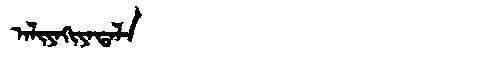
Manchu: ᠠᠯᡳᠶᠠᡴᡳᠶᠠᡨᠠᠯᠠ
Romanization: ALIYAKIYATALA